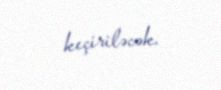
keçiriləcək.